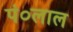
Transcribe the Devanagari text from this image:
पं०लाल